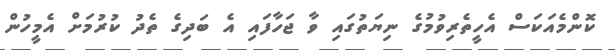
ކޮންމެއަކަސް އެހީތެރިވުމުގެ ނިޔަތުގައި ވާ ޖަހާފައި އެ ބަދިގެ ތެދު ކުރުމަށް އެމީހުން